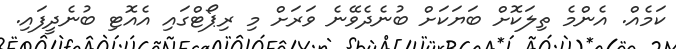
ކަމެއް. އެންމެ ތިލަކޮށް ބަޔަކަށް ބުނެދެވޭނެ ވަރަށް މި ރިޕޯޓްގައި އެއޮޓި ބުނެދީފައި.